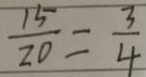
\frac { 1 5 } { 2 0 } = \frac { 3 } { 4 }